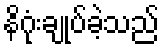
နိဂုံးချုပ်ခဲ့သည်